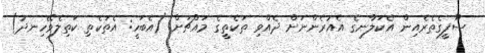
ސޫފީގެތެރެއިން އެކަލާނގެ އެއުރެންނަށް ދެއްވި ތަކެތީގެ މައްޗަށް (އެބަހީ: އެތަކެތި ކަތިލެވޭހިނދު)